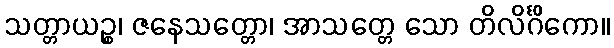
သတ္တာယဉ္စ၊ ဇနေသတ္တော၊ အာသတ္တေ သော တိလိင်္ဂိကော။